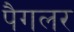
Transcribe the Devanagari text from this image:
पैगलर